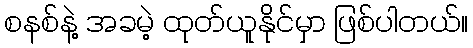
စနစ်နဲ့ အခမဲ့ ထုတ်ယူနိုင်မှာ ဖြစ်ပါတယ်။